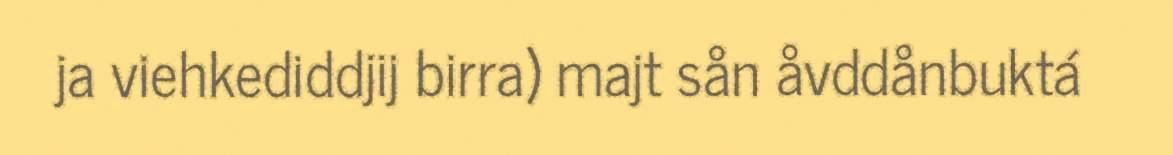
ja viehkediddjij birra) majt sån åvddånbuktá